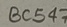
Text: BC547